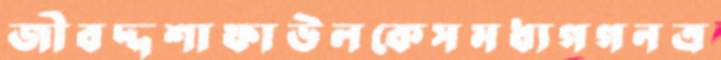
জীবদ্দশাফাউলকেসমধ্যগগনত্র